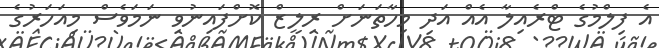
އެ ފިލްމުގެ ޓްރެއިލާ އެއް އަދި މިހާތަނަށް ރިލީޒް ކޮށްފައިނުވި ނަމަވެސް މިއަހަރުގެ